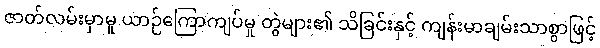
ဇာတ်လမ်းမှာမူ ယာဉ်ကြောကျပ်မှု တွဲများ၏ သိခြင်းနှင့် ကျန်းမာချမ်းသာစွာဖြင့်